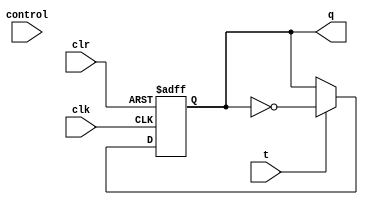
module t_flipflop(q,t,clk,clr,control);
input t,clk,clr,control;
output q;
reg q;
always @ (negedge (clk) or negedge (clr))
	begin
		if(clr == 0)
			q = 0;
		else if (t == 1)
			q = ~q;
		else
			q = q;
	end
endmodule